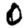
Digit: 0